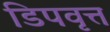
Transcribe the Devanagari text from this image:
डिपवृत्त